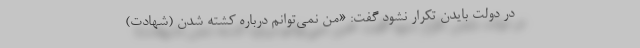
در دولت بایدن تکرار نشود گفت: «من نمی‌توانم درباره کشته شدن (شهادت)